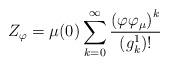
LaTeX: \begin{align*}Z_\varphi= \mu(0) \sum_{k=0}^\infty\frac{{(\varphi\varphi_\mu)}^k}{(g_k^1)!}\end{align*}